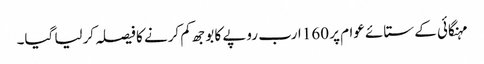
مہنگائی کے ستائے عوام پر 160 ارب روپے کا بوجھ کم کرنے کا فیصلہ کرلیا گیا۔